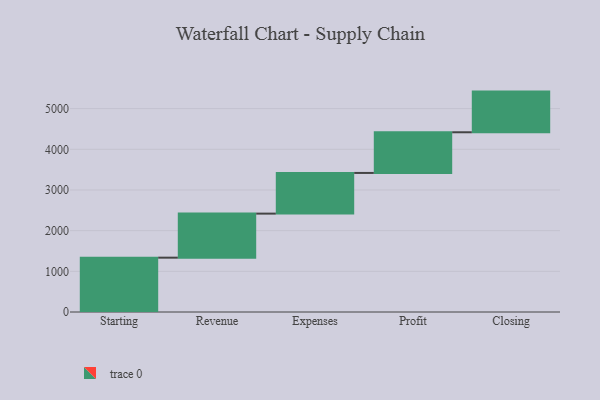
{"axis": {"x": "Step", "y": "Value"}, "legend": [""], "data": [{"x": "Starting", "y": 1336.0, "type": ""}, {"x": "Revenue", "y": 1083.0, "type": ""}, {"x": "Expenses", "y": 1000, "type": ""}, {"x": "Profit", "y": 1000, "type": ""}, {"x": "Closing", "y": 1000, "type": ""}]}